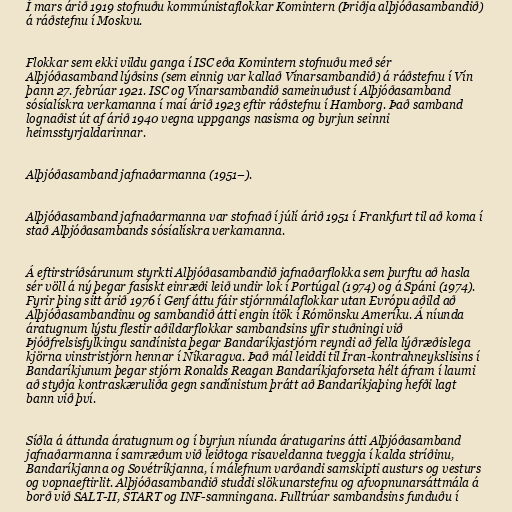
Í mars árið 1919 stofnuðu kommúnistaflokkar Komintern (Þriðja alþjóðasambandið)
á ráðstefnu í Moskvu.

Flokkar sem ekki vildu ganga í ISC eða Komintern stofnuðu með sér
Alþjóðasamband lýðsins (sem einnig var kallað Vínarsambandið) á ráðstefnu í Vín
þann 27. febrúar 1921. ISC og Vínarsambandið sameinuðust í Alþjóðasamband
sósíalískra verkamanna í maí árið 1923 eftir ráðstefnu í Hamborg. Það samband
lognaðist út af árið 1940 vegna uppgangs nasisma og byrjun seinni
heimsstyrjaldarinnar.

Alþjóðasamband jafnaðarmanna (1951–).

Alþjóðasamband jafnaðarmanna var stofnað í júlí árið 1951 í Frankfurt til að koma í
stað Alþjóðasambands sósíalískra verkamanna.

Á eftirstríðsárunum styrkti Alþjóðasambandið jafnaðarflokka sem þurftu að hasla
sér völl á ný þegar fasískt einræði leið undir lok í Portúgal (1974) og á Spáni (1974).
Fyrir þing sitt árið 1976 í Genf áttu fáir stjórnmálaflokkar utan Evrópu aðild að
Alþjóðasambandinu og sambandið átti engin ítök í Rómönsku Ameríku. Á níunda
áratugnum lýstu flestir aðildarflokkar sambandsins yfir stuðningi við
Þjóðfrelsisfylkingu sandínista þegar Bandaríkjastjórn reyndi að fella lýðræðislega
kjörna vinstristjórn hennar í Níkaragva. Það mál leiddi til Íran-kontrahneykslisins í
Bandaríkjunum þegar stjórn Ronalds Reagan Bandaríkjaforseta hélt áfram í laumi
að styðja kontraskæruliða gegn sandínistum þrátt að Bandaríkjaþing hefði lagt
bann við því.

Síðla á áttunda áratugnum og í byrjun níunda áratugarins átti Alþjóðasamband
jafnaðarmanna í samræðum við leiðtoga risaveldanna tveggja í kalda stríðinu,
Bandaríkjanna og Sovétríkjanna, í málefnum varðandi samskipti austurs og vesturs
og vopnaeftirlit. Alþjóðasambandið studdi slökunarstefnu og afvopnunarsáttmála á
borð við SALT-II, START og INF-samningana. Fulltrúar sambandsins funduðu í